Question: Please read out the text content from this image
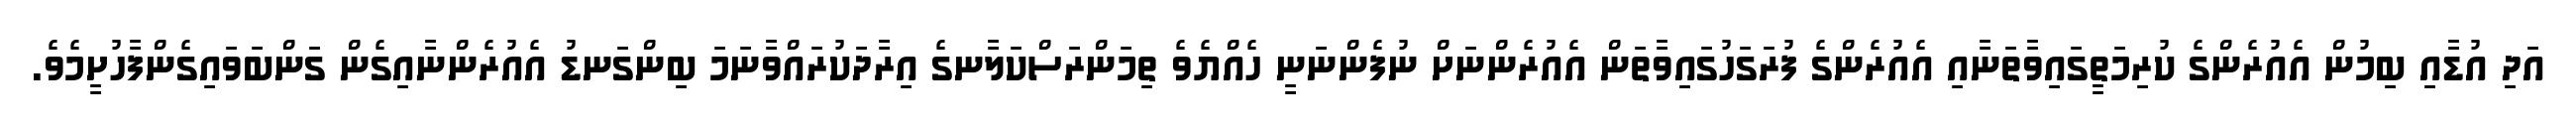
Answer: އަދި އުޑާއި ބިމުން އެއުރެންގެ ކުރިމަތީގައިވާތަނާއި އެއުރެންގެ ފުރަގަހުގައިވާތަން އެއުރެންނަށް ނުފެންނަނީ ހެއްޔެވެ ތިމަންރަސްކަލާނގެ އިރާދަކުރައްވާނަމަ ބިންގަނޑު އެއުރެންނާއިގެން ގަންބަވައިގެންފާހުށީމެވެ.